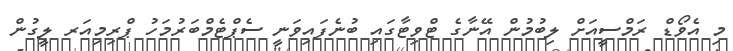
މި އެވޯޑް ރަމްސީއަށް ލިބުމުން އޭނާގެ ޓްވިޓާގައި ބުނެފައިވަނީ ސެޕްޓެމްބަރުމަހު ޕްރިމިއަރ ލީގުން